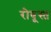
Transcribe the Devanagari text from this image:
रोबूस्त